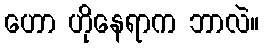
ဟော ဟိုနေရာက ဘာလဲ။